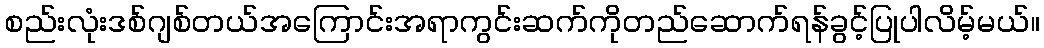
စည်းလုံးဒစ်ဂျစ်တယ်အကြောင်းအရာကွင်းဆက်ကိုတည်ဆောက်ရန်ခွင့်ပြုပါလိမ့်မယ်။